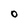
Character: O